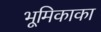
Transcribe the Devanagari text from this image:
भूमिकाका